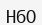
НбО